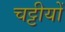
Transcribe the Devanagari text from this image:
चट्टीयों